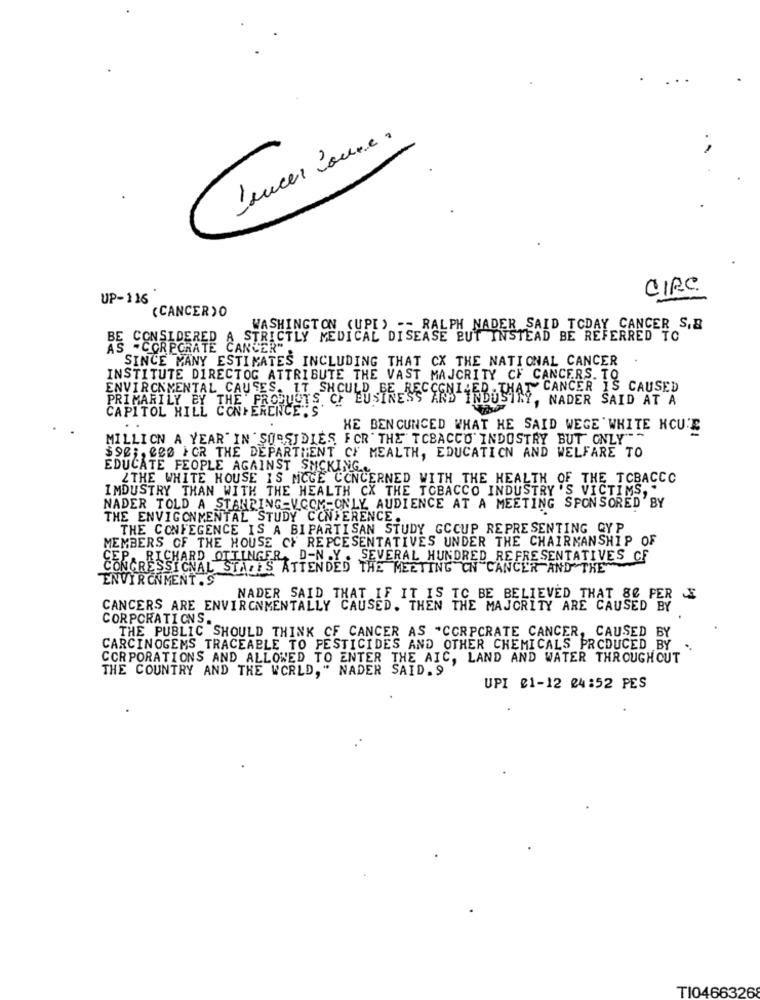
Lancer Joure.
CIRC.
UP-116
(CANCER ) O
WASHINGTON (UPE) -- RALPH NADER SAID TODAY CANCER S,&
CONSIDERED A STRICTLY MEDICAL DISEASE BUT INSTEAD BE REFERRED TO
AS -CORPORATE CANCER-
SINCE MANY ESTIMATES INCLUDING THAT CX THE NATIONAL CANCER
INSTITUTE DIRECTOG ATTRIBUTE THE VAST MAJORITY CF CANCERS. TO
AT CANCER IS CAUSED
ENVIRONMENTAL CAUSES. IT SHOULD BE RECCENIEB.
PRIMARILY BY THE PRODUCTS OF BUSINESS AND INDUSTRY, NADER SAID AT A
CAPITOL HILL CONFERENCE , S'
HE BEN CUNCED WHAT HE SAID WEGE WHITE HCUTE
MILLION A YEAR" IN SORSJDIES FOR THE TOBACCO INDUSTRY BUT ONLY"~
$96 ;, CES FOR THE DEPARTMENT CF MEALTH, EDUCATION AND WELFARE TO
EDUCATE FEOPLE AGAINST SUCKING.
ZTHE WHITE HOUSE IS MCGE CONCERNED WITH THE HEALTH OF THE TOBACCO
IMDUSTRY THAN WITH THE HEALTH CX THE TOBACCO INDUSTRY 'S VICTIMS. .
NADER TOLD A STANDING V.COM-ONLY AUDIENCE AT A MEETING SPONSORED BY
THE ENVIGONMENTAL STUDY CONFERENCE.
THE CONFEGENCE IS A BIPARTISAN STUDY GCCUP REPRESENTING CYP
MEMBERS OF THE HOUSE CY REPCESENTATIVES UNDER THE CHAIRMANSHIP OF
CEP. RICHARD OTTINGER, D-N .Y . SEVERAL HUNDRED REFRESENTATIVES CF
CONGRESSIONAL STATES ATTENDED THE MEETING ON "CANCER AND THE"
ENVIRONMENT.S
NADER SAID THAT IF IT IS TO BE BELIEVED THAT &C PER
CANCERS ARE ENVIRONMENTALLY CAUSED. THEN THE MAJORITY ARE CAUSED BY
CORPORATIONS.
THE PUBLIC SHOULD THINK CF CANCER AS *CORPCRATE CANCER, CAUSED B
CARCINOGENS TRACEABLE TO PESTICIDES AND OTHER CHEMICALS PRODUCED BY
CORPORATIONS AND ALLOWED TO ENTER THE AIC, LAND AND WATER THROUGHOUT
THE COUNTRY AND THE WORLD," NADER SAID.9
UPI 01-12 24:52 PES
TI04663268